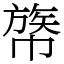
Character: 𢄧